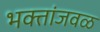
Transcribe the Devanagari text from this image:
भक्तांजवळ